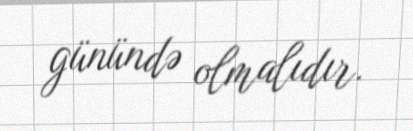
günündə olmalıdır.